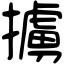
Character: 擄